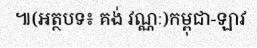
៕(អត្ថបទ៖ គង់ វណ្ណៈ)កម្ពុជា-ឡាវ